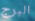
البرج